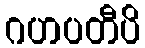
ဂဟပတီပိ